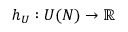
h _ { U } : U ( N ) \to \mathbb { R }